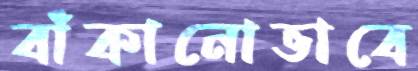
বাঁকানোভাবে